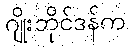
ဂျိုးဘိုင်ဒန်က